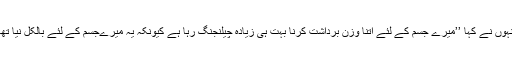
انہوں نے کہا ’’میرے جسم کے لئے اتنا وزن برداشت کرنا بہت ہی زیادہ چیلنجنگ رہا ہے کیونکہ یہ میرےجسم کے لئے بالکل نیا تھا۔